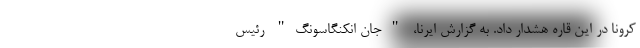
کرونا در این قاره هشدار داد. به گزارش ایرنا، "جان انکنگاسونگ" رئیس